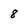
Character: 8